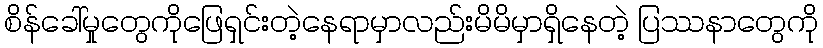
စိန်ခေါ်မှုတွေကိုဖြေရှင်းတဲ့နေရာမှာလည်းမိမိမှာရှိနေတဲ့ ပြဿနာတွေကို